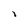
Character: i